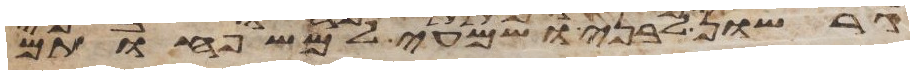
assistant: גרשון לבני ושמעי למשפחותם